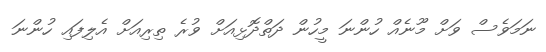
ނަމަވެސް ވަށް މޫނެއް ހުންނަ މީހުން ދަތްދޮޅިއަށް ވުރެ ތިރިއަށް އެލިފައި ހުންނަ